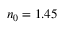
n _ { 0 } = 1 . 4 5